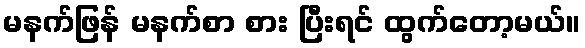
မနက်ဖြန် မနက်စာ စား ပြီးရင် ထွက်တော့မယ်။